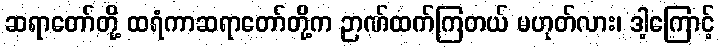
ဆရာတော်တို့ ထရံကာဆရာတော်တို့က ဉာဏ်ထက်ကြတယ် မဟုတ်လား၊ ဒါ့ကြောင့်